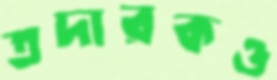
তদারকও